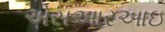
એસઆરઆઇ